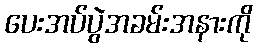
ပေးအပ်ပွဲအခမ်းအနားကို